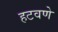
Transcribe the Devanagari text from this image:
हटवणे